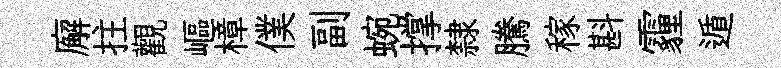
廨拄觀嶇樟僕副蜿撑隸騰稼斟霾遁